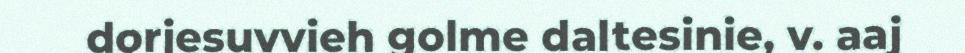
dorjesuvvieh golme daltesinie, v. aaj